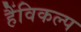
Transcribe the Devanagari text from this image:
हैंविकल्प